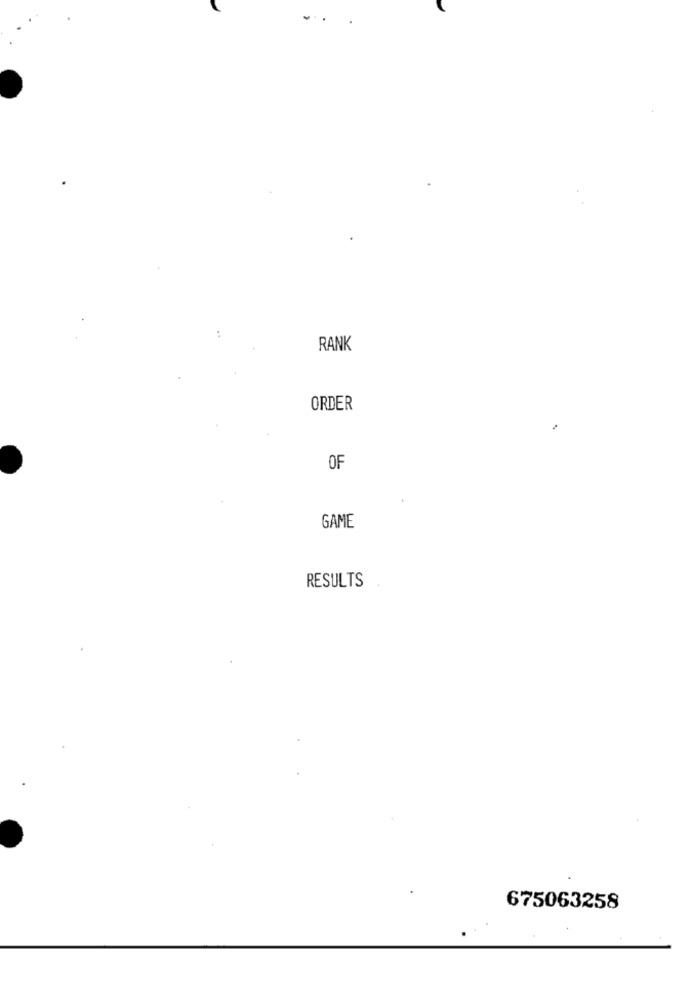
RANK
ORDER
OF
GAME
RESULTS
675063258